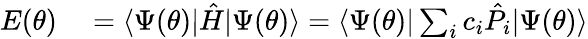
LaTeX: \begin{array}{rl}{E(\theta)}&{{}=\langle\Psi(\theta)|\hat{H}|\Psi(\theta)\rangle=\langle\Psi(\theta)|\sum_{i}{c_{i}\hat{P}_{i}}|\Psi(\theta)\rangle}\end{array}